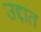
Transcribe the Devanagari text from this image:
उद्दात